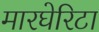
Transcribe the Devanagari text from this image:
मारघेरिटा